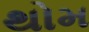
થોમ